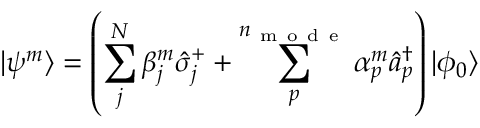
\vert \psi ^ { m } \rangle = \left( \sum _ { j } ^ { N } \beta _ { j } ^ { m } \hat { \sigma } _ { j } ^ { + } + \sum _ { p } ^ { n _ { \mathrm { ~ m ~ o ~ d ~ e ~ } } } \alpha _ { p } ^ { m } \hat { a } _ { p } ^ { \dagger } \right) \vert \phi _ { 0 } \rangle